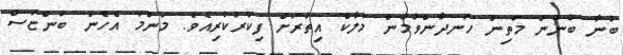
ބުނާ ބުނުން މަތިން ހަނދާންވުމުން މަލާކް އިތުރަށް ފިކުރުކުރިއެވެ. މަންމަ އެހެން ބުންޏަސް